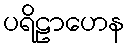
ပရိဠာဟေန